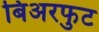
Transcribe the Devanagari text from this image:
बिअरफुट